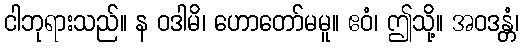
ငါဘုရားသည်။ န ဝဒါမိ၊ ဟောတော်မမူ။ ဧဝံ၊ ဤသို့။ အဝဒန္တံ၊